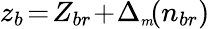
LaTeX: z_{b}\! =\! Z_{br}\! +\! \Delta_{{\scriptscriptstyle m}}\! (n_{br})